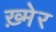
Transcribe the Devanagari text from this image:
ख़्मेर